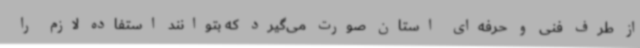
از طرف فنی و حرفه‌ای استان صورت می‌گیرد که بتوانند استفاده لازم را